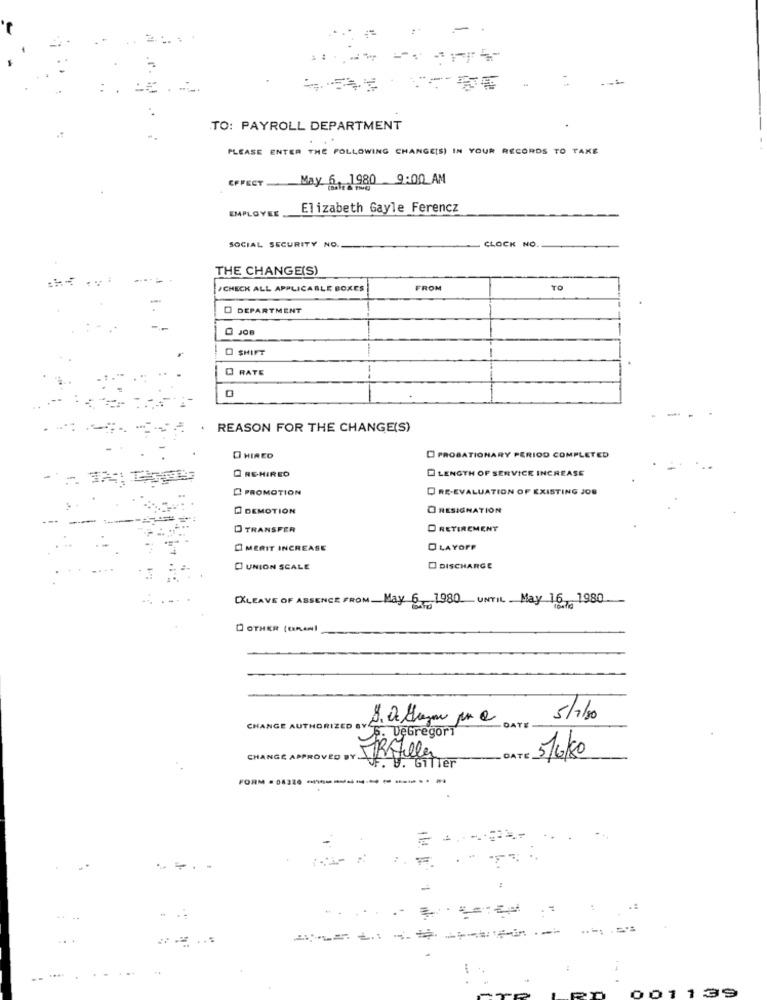
-
TO: PAYROLL DEPARTMENT
PLEASE ENTER THE FOLLOWING CHANGE[S) IN YOUR RECORDS TO TAKE
EFFECT May 6, 1980 9:00 AM
Elizabeth Gayle Ferencz
EMPLOYEE,
CLOCK NO.
SOCIAL SECURITY NO.
THE CHANGE(S)
/CHECK ALL APPLICABLE BOXES
FROM
TO
O DEPARTMENT
@ JOB
O SHIFT
RATE
REASON FOR THE CHANGE(S)
O HIRED
PROBATIONARY PERIOD COMPLETED
LENGTH OF SERVICE INCREASE
REHIRED
PROMOTION
D RE-EVALUATION OF EXISTING JOB
DEMOTION
O RESIGNATION
D TRANSFER
D RETIREMENT
CI MERIT INCREASE
O LAYOFF
O UNION SCALE
DISCHARGE
CKLEAVE OF ABSENCE FROMMay 6 1980 UNTIL May 16, 1980
D OTHER (ORANI
DATE
5/7/30
CHA
ORIZED av
E. DeGregori
CHANGE
ROVED BY.
DATE
5/6/20
V. Gifter
FOR
--
.- 1 .==
....
001139